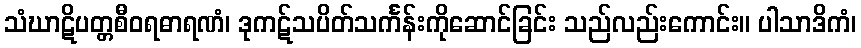
သံဃာဋိပတ္တစီဝရဓာရဏံ၊ ဒုကဋ်သပိတ်သင်္ကန်းကိုဆောင်ခြင်း သည်လည်းကောင်း။ ပါသာဒိကံ၊